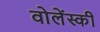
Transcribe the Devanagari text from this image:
वोलेंस्की